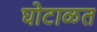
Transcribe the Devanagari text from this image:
घोटाळत